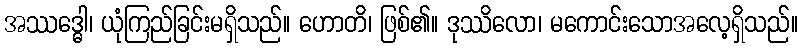
အဿဒ္ဓေါ၊ ယုံကြည်ခြင်းမရှိသည်။ ဟောတိ၊ ဖြစ်၏။ ဒုဿိလော၊ မကောင်းသောအလေ့ရှိသည်။